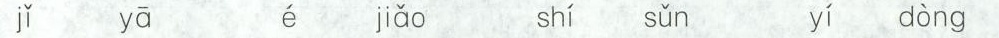
j\check{i} y\bar{a} \acute{e} ji\check{a}o sh\acute{i} s\check{u}n y\acute{i} d\grave{o}ng